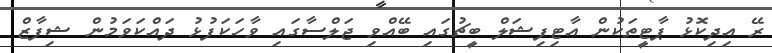
ރޭ އިދިކޮޅު ޕާޓީތަކުން އާޓިފިޝަލް ބީޗުގައި ބޭއްވި ޖަލްސާގައި ވާހަކަފުޅު ދައްކަވަމުން ޝިފާޒް